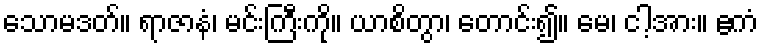
သောမဒတ်။ ရာဇာနံ၊ မင်းကြီးကို။ ယာစိတွာ၊ တောင်း၍။ မေ၊ ငါ့အား။ ဧကံ